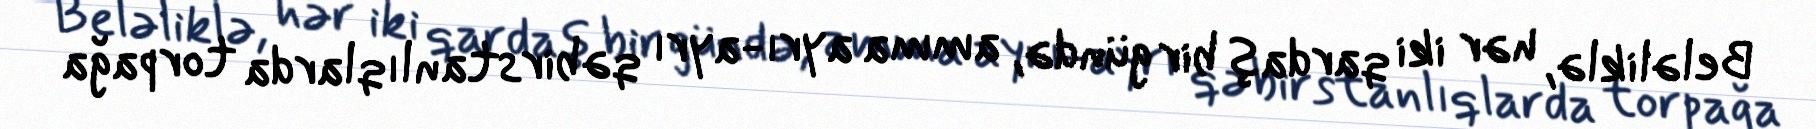
Beləliklə, hər iki qardaş bir gündə, amma ayrı-ayrı qəbirstanlıqlarda torpağa